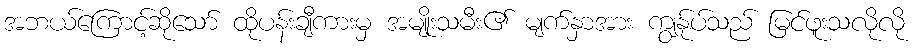
အဘယ်ကြောင့်ဆိုသော် ထိုပန်းချီကားမှ အမျိုးသမီး၏ မျက်နှာအား ကျွန်ုပ်သည် မြင်ဖူးသလိုလို